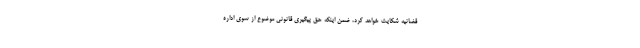
قضائیه شکایت خواهد کرد، ضمن اینکه حق پیگیری قانونی موضوع از سوی اداره